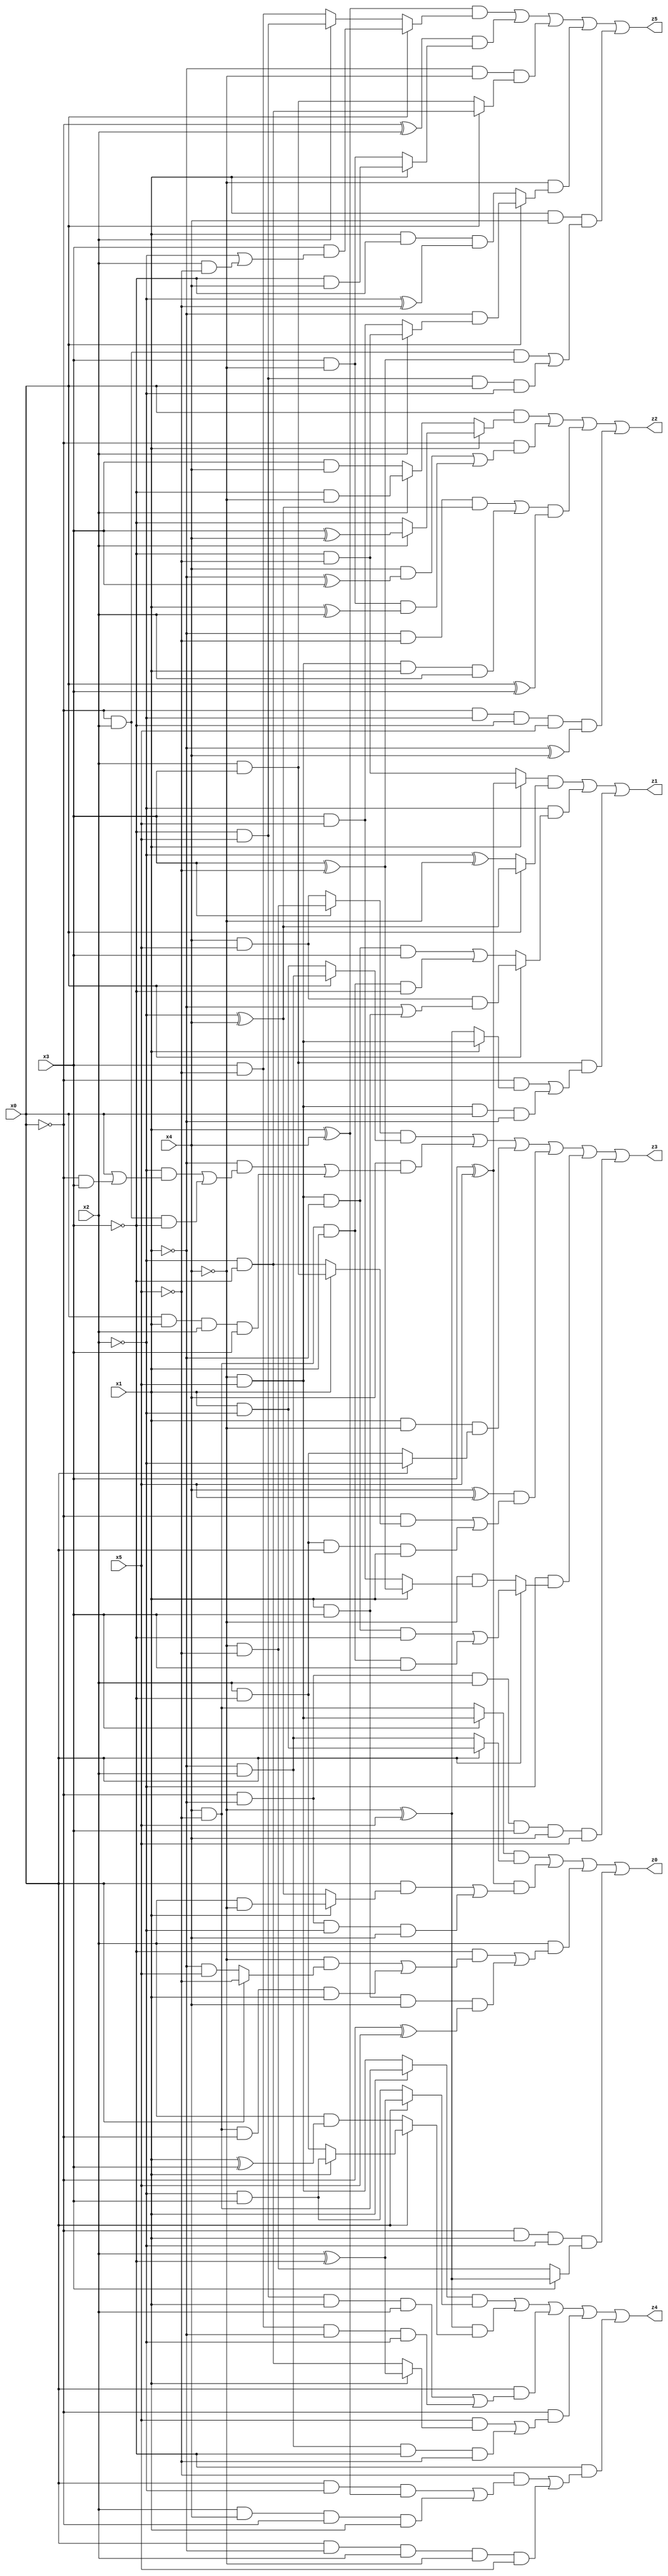
// Benchmark "X_30" written by ABC on Thu Jun 29 03:17:07 2023

module X_30 ( 
    x0, x1, x2, x3, x4, x5,
    z0, z1, z2, z3, z4, z5  );
  input  x0, x1, x2, x3, x4, x5;
  output z0, z1, z2, z3, z4, z5;
  assign z0 = ((x3 ? (~x4 & x5) : (x4 & ~x5)) & (x0 ? (x1 & ~x2) : (~x1 & x2))) | ((x3 ^ x5) & ((x0 & (x1 ? (x2 & ~x4) : (~x2 ^ x4))) | (~x0 & ~x1 & ~x2 & x4))) | (x2 & ((~x3 & ((~x4 & (x0 ? ~x5 : (~x1 & x5))) | (x4 & ~x5 & ~x0 & x1))) | (x1 & x3 & x4 & (~x0 ^ x5)))) | (~x0 & x1 & ~x2 & (x3 ? (~x4 ^ x5) : (~x4 & ~x5)));
  assign z1 = ((x1 ? (x3 ^ x5) : (~x3 & ~x5)) & (x0 ? (~x2 ^ x4) : (~x2 ^ ~x4))) | (~x2 & (x0 ? (x4 & x5 & (~x1 | (x1 & x3))) : ((~x4 & x5 & ~x1 & x3) | (x4 & ~x5 & x1 & ~x3)))) | (x2 & x3 & ((~x0 & (x1 ? (~x4 & x5) : (~x4 ^ x5))) | (~x4 & x5 & x0 & ~x1)));
  assign z2 = (x0 & (x1 ? (x2 ? (x3 ^ x4) : ~x3) : (x2 ? (~x3 & ~x4) : (x3 & x4)))) | (~x0 & ((x4 & (~x1 ^ x3)) | (x3 & ~x4 & (x1 ^ x2)))) | (((~x1 & ~x5 & (~x2 ^ x4)) | (~x4 & x5 & x1 & x2)) & (x0 ^ x3)) | (~x0 & ~x2 & ~x3 & x5 & (~x1 ^ x4));
  assign z3 = ((x3 ? (~x4 & ~x5) : (x4 & x5)) & (x0 ? (~x1 & x2) : (x1 & ~x2))) | (x4 & ((~x1 & ((~x2 & (x0 | (~x0 & x3))) | (~x0 & x2 & ~x3))) | (x0 & x1 & x2 & x3))) | (x1 & ~x4 & (x0 ? ~x2 : (x2 & ~x3))) | ((x4 ^ x5) & ((~x0 & (x1 ? (x2 & x3) : (~x2 & ~x3))) | (x2 & ~x3 & x0 & x1))) | (~x2 & (x0 ? ((~x4 & x5 & ~x1 & ~x3) | (x4 & ~x5 & x1 & x3)) : (~x4 & (x1 ? (x3 ^ ~x5) : (x3 & x5))))) | (~x0 & ~x1 & x2 & x3 & x4 & x5);
  assign z4 = ((x1 ? (x4 & ~x5) : (~x4 & x5)) & (x0 ? (x2 ^ ~x3) : (~x2 & x3))) | ((~x4 ^ x5) & (x0 ? (x1 ? (~x2 & x3) : (x2 & ~x3)) : (x2 & (x1 ^ x3)))) | (x0 & ((~x3 & x5 & x1 & x2) | (x3 & ~x5 & ~x1 & ~x2))) | (~x0 & ((x5 & (x1 ? (x2 ^ ~x3) : (~x2 & ~x3))) | (~x1 & x2 & ~x3 & ~x5))) | (~x3 & ((~x5 & ((x0 & ~x2 & (x1 ^ x4)) | (x2 & x4 & ~x0 & x1))) | (x0 & ~x1 & x2 & ~x4 & x5)));
  assign z5 = ((x1 ^ x4) & (x0 ? (x3 & (~x2 | (x2 & ~x5))) : (x2 ? (~x3 & x5) : (x3 & ~x5)))) | ((~x0 ^ x2) & (x1 ? (~x3 & x4) : (x3 & ~x4))) | (~x1 & ~x4 & (x0 ? (~x2 & ~x3) : (x2 & x3))) | (~x4 & (x0 ? (~x1 & (x2 ? (~x3 & ~x5) : (x3 & x5))) : (x1 & ~x3 & (~x2 ^ ~x5)))) | (x1 & x4 & ((~x0 & x2 & (x3 ^ ~x5)) | (~x3 & x5 & x0 & ~x2)));
endmodule